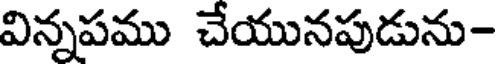
విన్నపము చేయునపుడును-